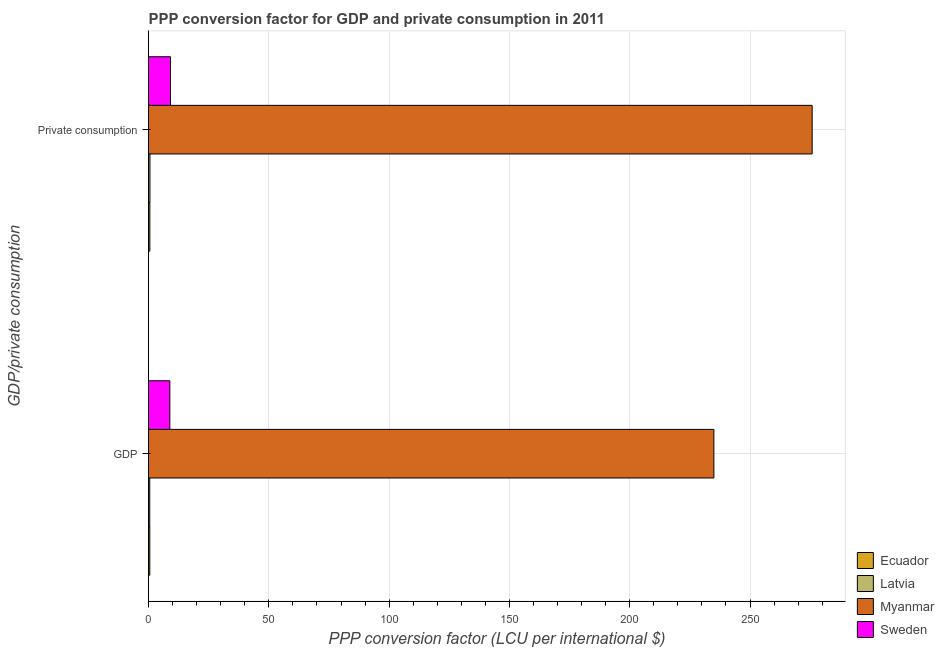
| GDP/private consumption | Ecuador | Latvia | Myanmar | Sweden |
 | --- | --- | --- | --- | --- |
 | GDP | 0.526 | 0.505 | 235 | 8.85 |
 |  Private consumption | 0.547 | 0.587 | 276 | 9.14 |